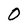
Character: 0